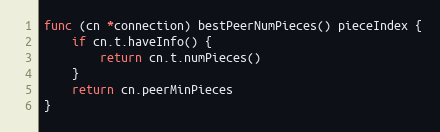
Language: Go
func (cn *connection) bestPeerNumPieces() pieceIndex {
	if cn.t.haveInfo() {
		return cn.t.numPieces()
	}
	return cn.peerMinPieces
}